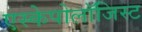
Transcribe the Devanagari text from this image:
एस्केपोलॉजिस्ट